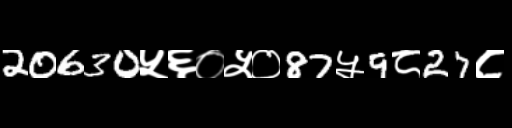
Text: 20630५६०५०87५9८27८